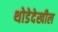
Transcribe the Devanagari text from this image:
थोडेदेखील